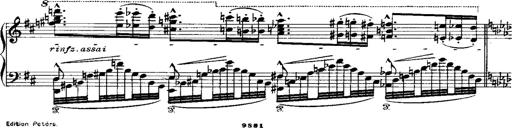
Title: Miserere du Trovatore
Composer: Franz Liszt